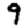
Digit: 9